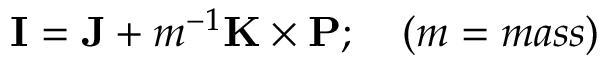
{ \bf I } = { \bf J } + m ^ { - 1 } { \bf K } \times { \bf P } ; \quad ( m = m a s s )